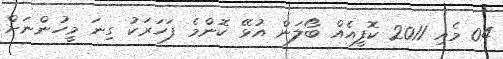
04 މެއި 2011 ކޮފީއެއް ބޯލަން އުޅޭ ކޮންމެ ފަހަރަކު ގިނަ މީހުންނަށް